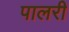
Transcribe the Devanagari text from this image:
पालरी